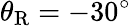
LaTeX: \theta_{\textup{R}}=-30^{\circ}